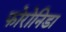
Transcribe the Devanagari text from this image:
फोरोनिडा